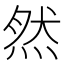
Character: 然